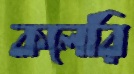
কলেরি